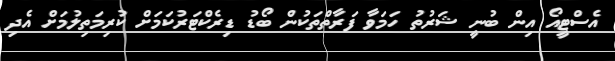
އެސްޓީއޯ އިން ބުނީ ޝަރުތު ހަމަވާ ފަރާތްތަކުން ބޯޑު ޑިރެކްޓަރުކަމަށް ކުރިމަތިލުމަށް އެދި